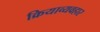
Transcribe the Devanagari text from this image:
क्रियाव्यवहार